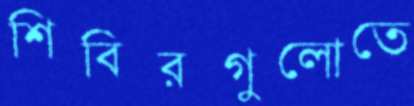
শিবিরগুলোতে